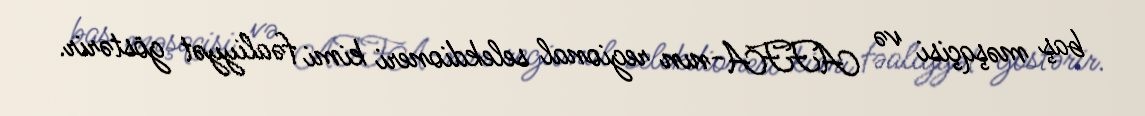
baş məşqçisi və AFFA-nın regional selekdioneri kimi fəaliyyət göstərir.